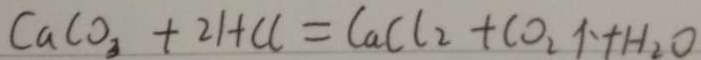
C a C O _ { 3 } + 2 H C l = C a C l _ { 2 } + C O _ { 2 } \uparrow + H _ { 2 } O